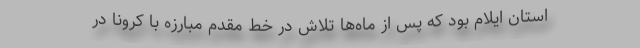
استان ایلام بود که پس از ماه‌ها تلاش در خط مقدم مبارزه با کرونا در